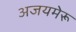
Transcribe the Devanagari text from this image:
अजयमेरू